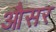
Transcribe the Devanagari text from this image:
औसर